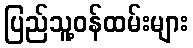
ပြည်သူ့ဝန်ထမ်းများ